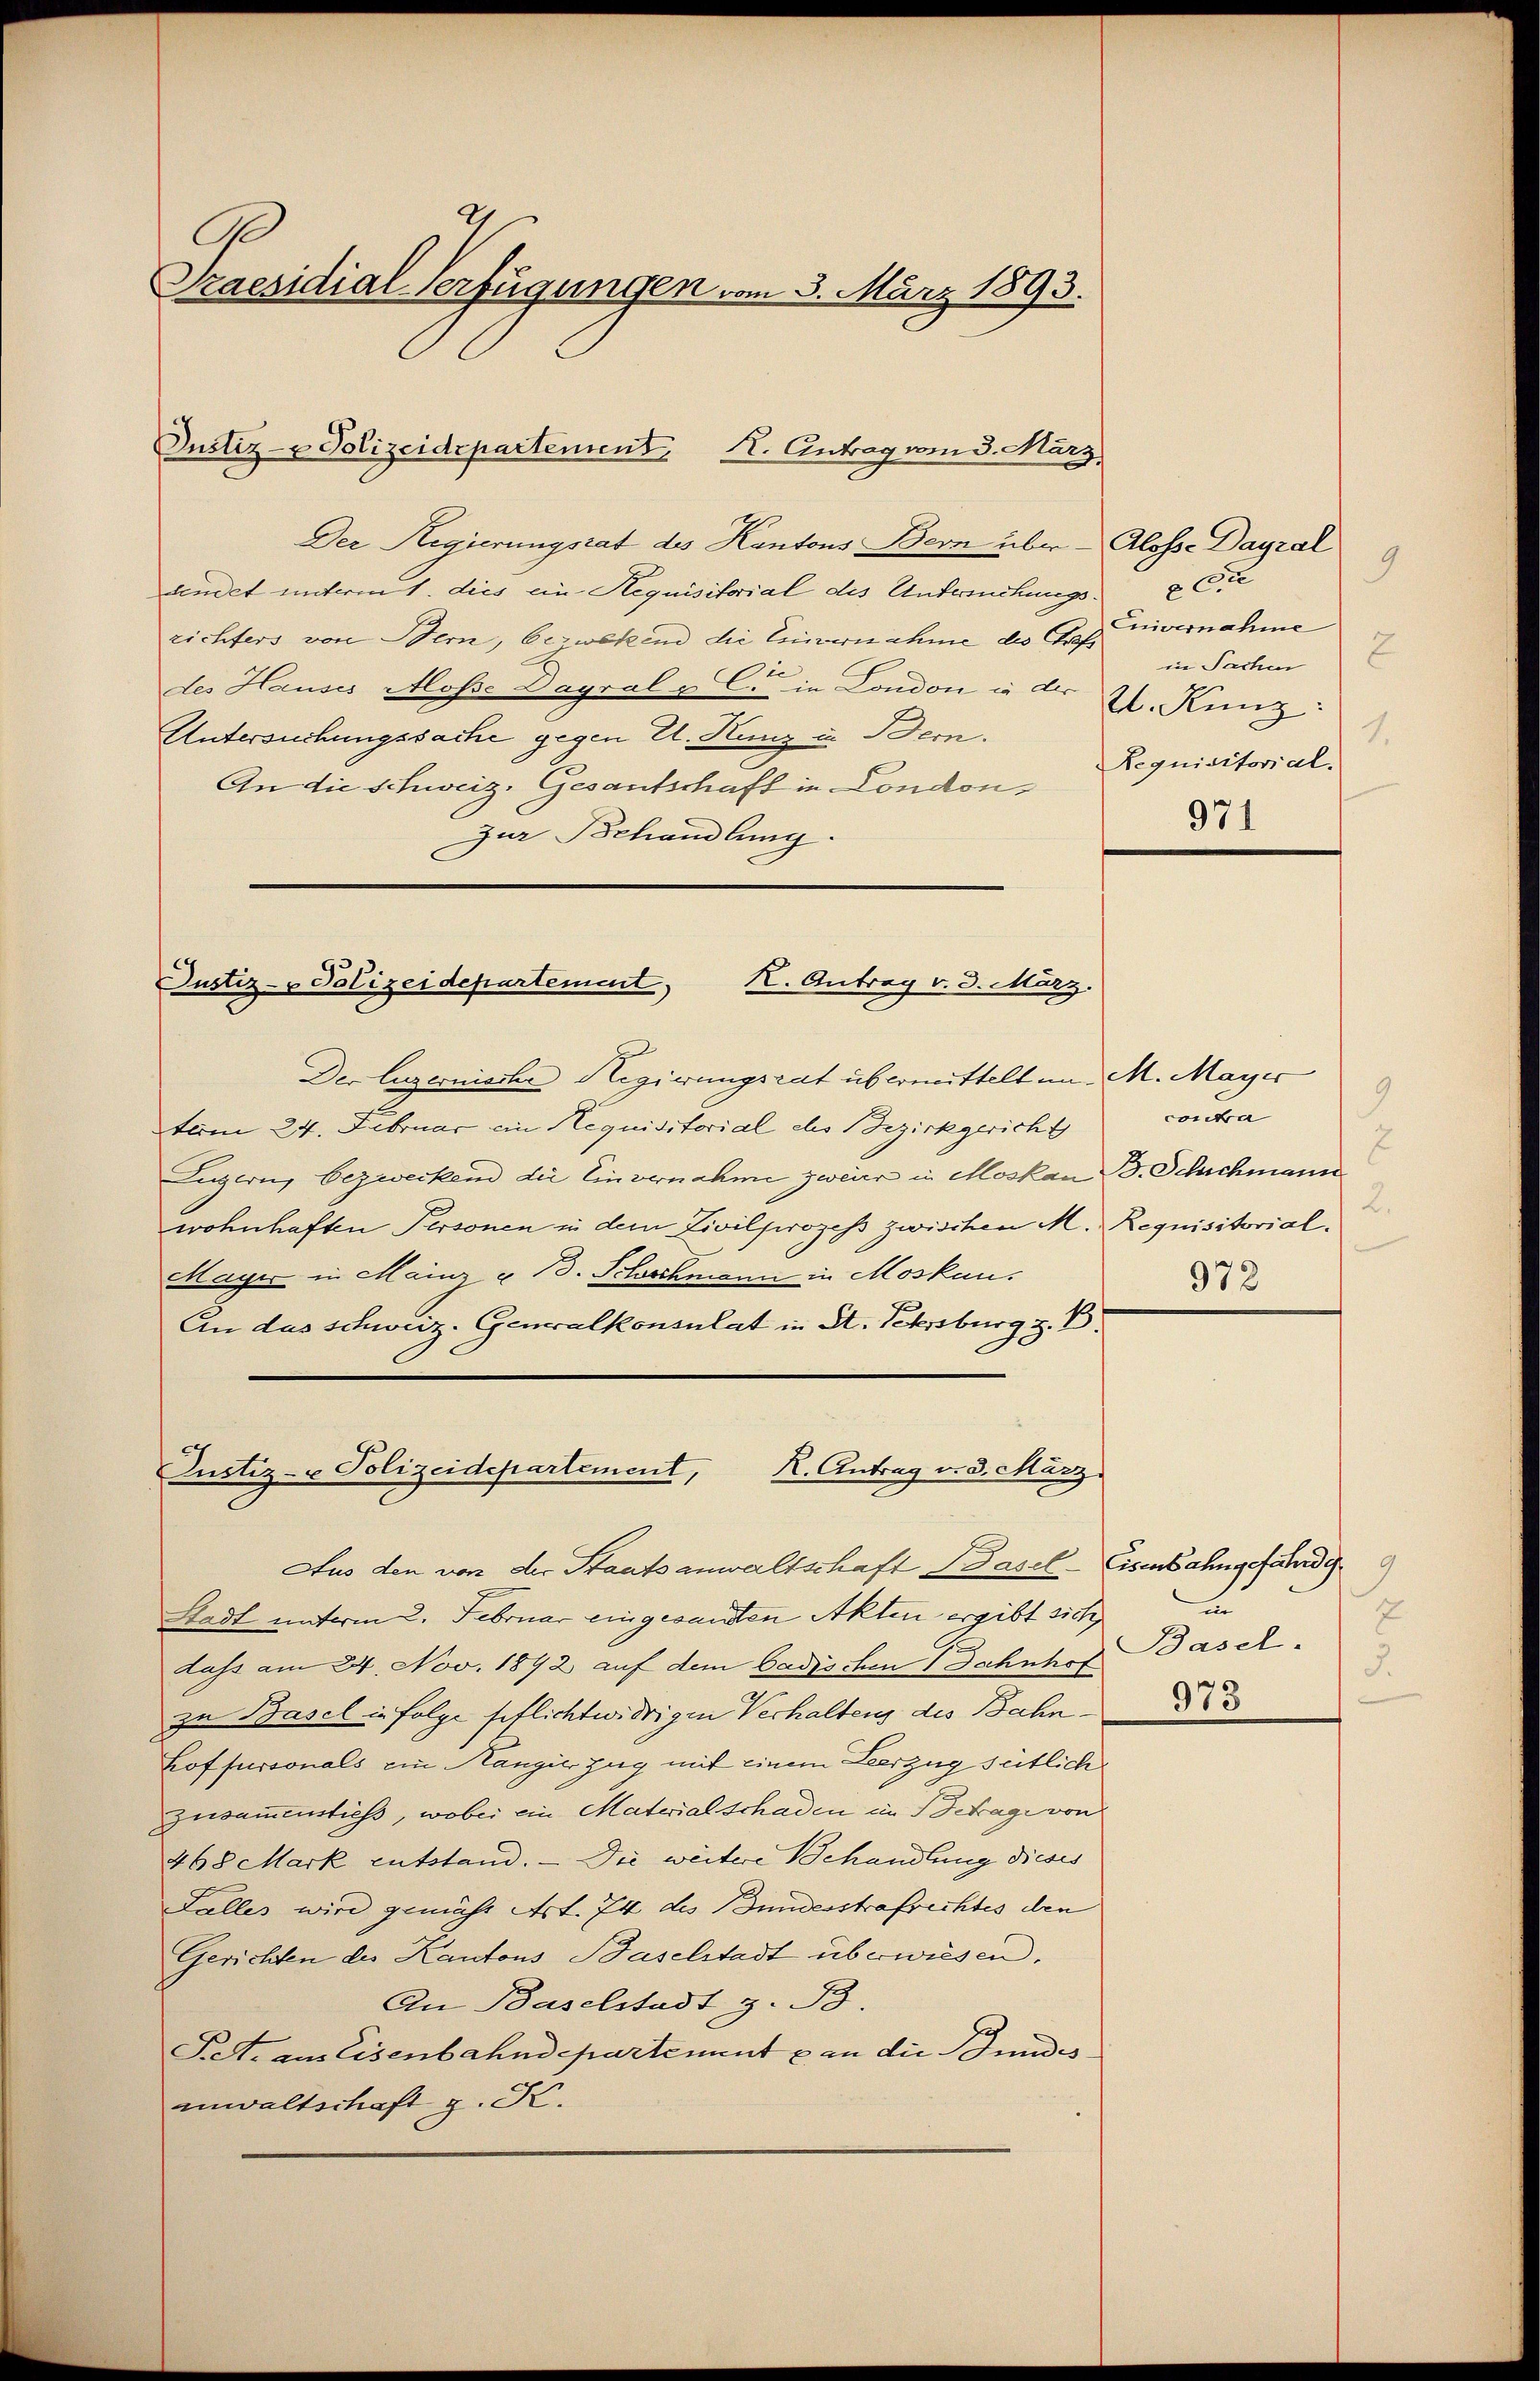
G
Praesidial-Verfügungen vom 3. März 1893.

Der Regierungsrat des Kantons Bern über Alosse Dayral
aendet unterm 1. dies ein Requisitorial des Untersuchungsrichters von Bern, bewerend die Einvernahme des Graf vernahme
3
des Hauses Alose Dagral u C. in London in der
Untersuchungssache gegen E. Kunz u. Bern.
An die Schweiz. Gesantschaft in Londonzur Behandlung.

Justiz- & Polizeidepartement, I. Antrag vom 3. März

Justiz- & Polizeidepartement, I. Antrag v. 3. März.

Der Luzernische Regierungsrat übermittelt in M. Mayer
term 24. Februar ein Requisitorial des Bezirkgericht
Luzern, bezweckend die Einvernahme zweier in Moskau B. Schichmann
wohnhaften Personen in dem Zivilprozess zwischen M. Requisitorial-
Mayer in Mainz § 13. Schochmann in Moskau
An das schweiz. Generalkonsulat in St. Petersburg z. B.

Justiz- u Polizeidepartement, K. Antrag v. 3. März

Aus den von der Staatsanwaltschaft Basel-Eisenbahngefährde
Stadt unterm 2. Februar eingesandten Akten ergibt sich
dass am 24. Nov. 1892 auf dem Badischen Bahnhof
zu Basel in folge pflichtwidrigen Verhaltens des Bahnhoffussonals ein Mange Zug mit einem Leerzug sütlich
zusammenstieß, wobei ein Materialschaden im Betrage von
468 Mark entstand. — Die weitere Behandlung dieses
Falles wird gemäht Art. 74 des Bundesstrafrechtes den
Gerichten des Kantons Baselstadt überwiesen.
An Baselstadt z. B.
Pet. aus Eisenbahndepartement & an die Stundes
innwaltschaft z. K.

3
cu
2
in Sachen
U. Kunz:
1.
Requisitorial.
971

9
contra
B
2.
972

un
7
Basel.
3.
973